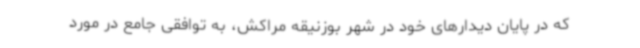
که در پایان دیدارهای خود در شهر بوزنیقه مراکش، به توافقی جامع در مورد